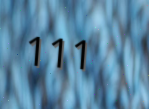
111